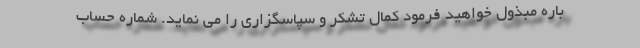
باره مبذول خواهید فرمود کمال تشکر و سپاسگزاری را می نماید. شماره حساب